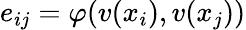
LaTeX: e_{ij}=\varphi(v(x_{i}),v(x_{j}))